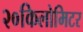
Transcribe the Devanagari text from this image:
२०किलोमिटर